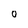
Character: 0